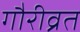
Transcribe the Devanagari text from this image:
गौरीव्रत